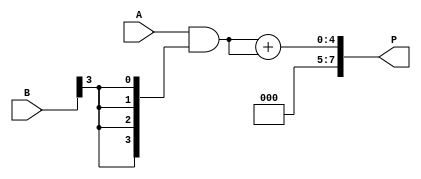
module wallace_tree_multiplier #(parameter N = 4) (
    input  wire [N-1:0] A, // Multiplicand
    input  wire [N-1:0] B, // Multiplier
    output wire [2*N-1:0] P // Product
);

    // Partial Product Generation
    wire [N-1:0] pp [N-1:0]; // Partial products
    genvar i, j;
    generate
        for (i = 0; i < N; i = i + 1) begin : pp_gen
            assign pp[i] = A & {N{B[i]}};
        end
    endgenerate

    // Reduction Stage 1
    wire [N-1:0] sum1 [N:0]; // Sums for stage 1
    wire [N-1:0] carry1 [N:0]; // Carries for stage 1
    wire [N-1:0] pp_flat [2*N-1:0]; // Flattened partial products

    // Flatten the partial products into a single array
    generate
        for (i = 0; i < N; i = i + 1) begin : flatten
            assign pp_flat[i] = pp[i];
            assign pp_flat[N + i] = {pp[i][N-1:1], 1'b0}; // Shifted by 1
        end
    endgenerate

    // Stage 1: Combine three bits into two bits
    generate
        for (i = 0; i < N; i = i + 1) begin : reduction_stage1
            if (i < N-1) begin
                // Full adder for three inputs
                assign {carry1[i+1], sum1[i]} = pp_flat[i] + pp_flat[i+1] + pp_flat[i+2];
            end else begin
                assign sum1[i] = pp_flat[i];
                assign carry1[i+1] = 1'b0; // No carry out
            end
        end
    endgenerate

    // Reduction Stage 2
    wire [N-1:0] sum2 [N:0]; // Sums for stage 2
    wire [N-1:0] carry2 [N:0]; // Carries for stage 2

    generate
        for (i = 0; i < N; i = i + 1) begin : reduction_stage2
            if (i < N-1) begin
                assign {carry2[i+1], sum2[i]} = sum1[i] + sum1[i+1] + carry1[i];
            end else begin
                assign sum2[i] = sum1[i];
                assign carry2[i+1] = 1'b0; // No carry out
            end
        end
    endgenerate

    // Final Addition
    wire [2*N-1:0] final_sum;
    wire [2*N-1:0] final_carry;

    assign final_sum = {carry2[N], sum2[N-1]} + {1'b0, sum2[N-1]}; // Final addition

    // Output Product
    assign P = final_sum;

endmodule